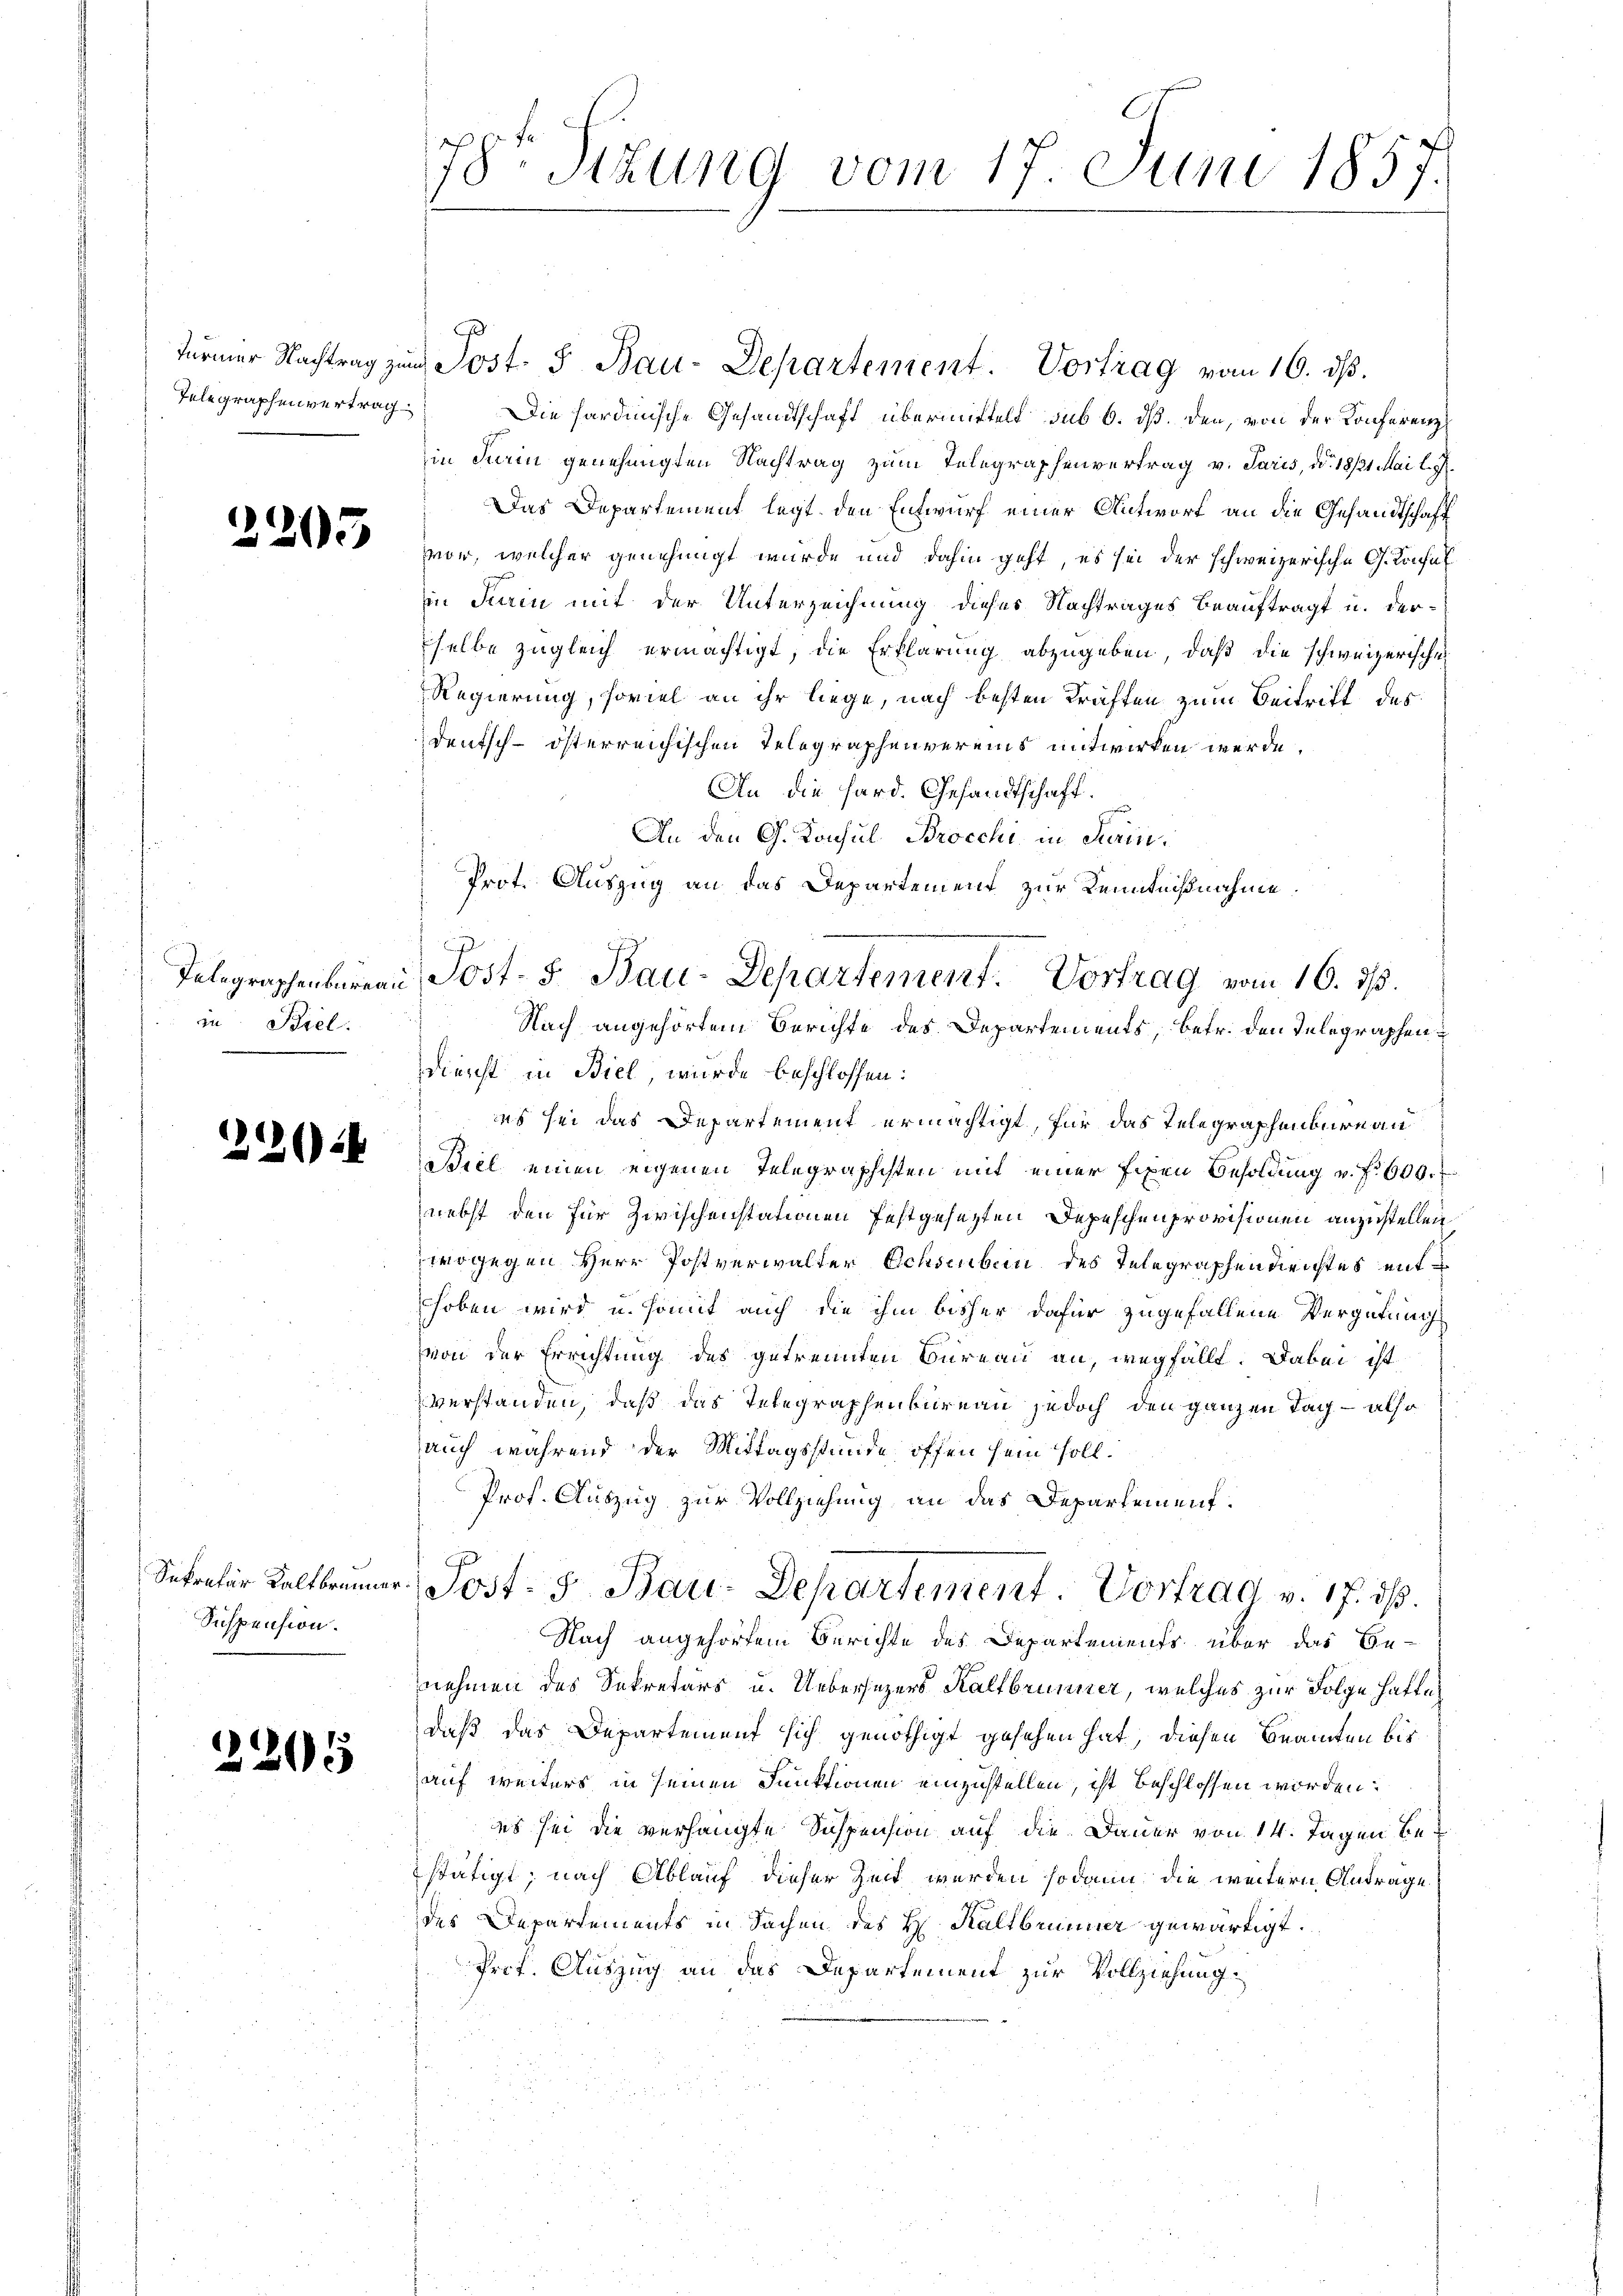
2205

in: Biel.
e

222

225

Suspension.

Türmer Nachtrag zum Post. S. Bau-Departement. Vortrag vom 16. dβ.
Telegraphenvertrag. Die hardinische Gesandtschaft übermittelt sub 6. dß. den, von der Konferenz
in Firin genehmigten Nachtrag zum Telegraphenvertrag v. Paris, d. 18121. Mai l. J.
Das Departement legt den Entwurf einer Antwort an die Gesandtschaft
vor, welcher genehmigt wurde und dahin geht, es sei der schweizerische G. Konsul
in Turin mit der Unterzeichnung dieses Nachtrages beauftragt u. der-
selbe zugleich ermächtigt, die Erklärung abzugeben, daß die schweizerischen
Regierung, soviel an ihr liege, nach besten Kräften zum Beitrift des
Deutsch-österreichischen Telegraphenvereins entwirken werde.
An die Hard. Gesandtschaft.
An den G. Konsul Brocchi in Sein
Dienst in Biel, wurde beschlossen:
s sei das Departement ermächtigt, für das Telegraphenburg an
Biel einen eigenen Telegraphisten mit einer fixen Besoldung v. f. 600. f
nebst den für Zwischenstationen festgesezten Depeschen provisionen anzustellen,
wogegen Herr Postverwalter Ochsenben des Telegraphenderichtes mithoben wird u. somit auch die ihm bisher dafür zugefallene Vergütung
von der Errichtung des getrennten Bureau an, wegfällt. Dabei ist
verstanden, daß das Telegraphenbureau jedoch den ganzen Tag – also
auch während der Mittagsstunde offen sein soll.
Prof. Auszug zur Vollziehung an das Departement.
Sekretär Kaltbrunner Post- & Bau-Departement. Vortrag v. 17. ds.
Nach angehörtem Berichte des Departements über das Be-
nehmen des Sekretärs u. Uebersezers Kaltbrunner, welches zur Folge hatte
daß das Departement sich genöthigt gesehen hat, diesen Beamten bis
auf weiters in seinen Funktionen einzustellen, ist beschlossen worden.
es sei die verhängte Suspension auf die Dauer von 14. Tagen bestätigt; nach Ablauf dieser Zeit werden sodann die weitern Antrage
des Departements in Sachen des H. Kaltbrunner gewärtigt.
Prot. Auszug an das Departement zur Vollziehung

78te Sekung vom 17. Juni 1857.

Prot. Auszug an das Departement zur Kenntnißnahme.
Telegraphenbureau, Post- & Bau-Departement. Vortrag vom 16. ds.
Nach angehörtem Berichte des Departements, betr. den Telegraphen